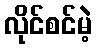
လိုင်စင်မဲ့